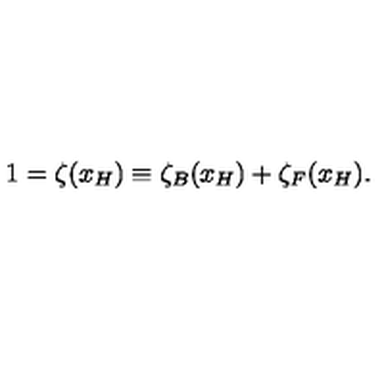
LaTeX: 1 = \zeta ( x _ { H } ) \equiv \zeta _ { B } ( x _ { H } ) + \zeta _ { F } ( x _ { H } ) .